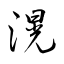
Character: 滉